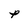
Character: P